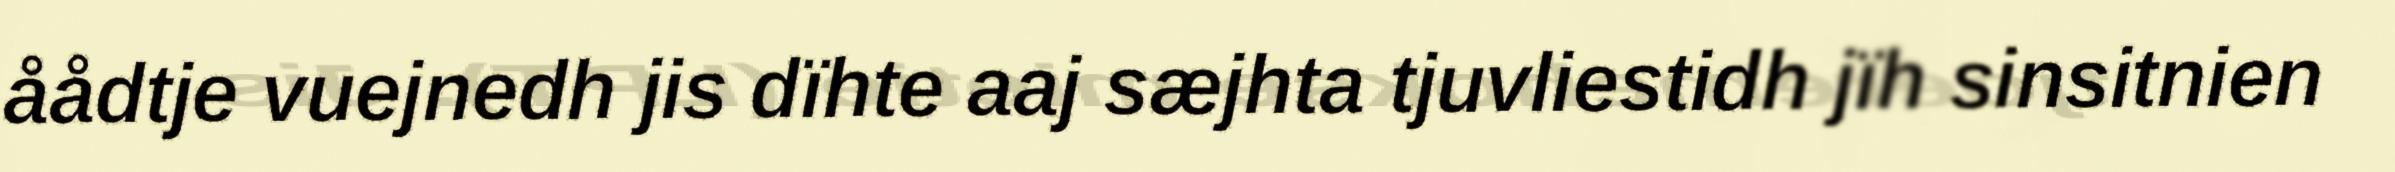
åådtje vuejnedh jis dïhte aaj sæjhta tjuvliestidh jïh sinsitnien